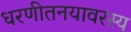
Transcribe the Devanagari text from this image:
धरणीतनयावरस्य